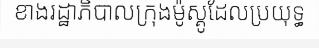
ខាងរដ្ឋាភិបាលក្រុងម៉ូស្គូដែលប្រយុទ្ធ